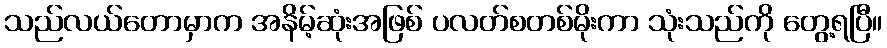
သည်လယ်တောမှာက အနိမ့်ဆုံးအဖြစ် ပလတ်စတစ်မိုးကာ သုံးသည်ကို တွေ့ရပြီ။